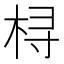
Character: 桪